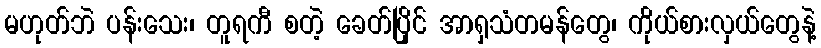
မဟုတ်ဘဲ ပန်းသေး၊ တူရကီ စတဲ့ ခေတ်ပြိုင် အာရှသံတမန်တွေ၊ ကိုယ်စားလှယ်တွေနဲ့